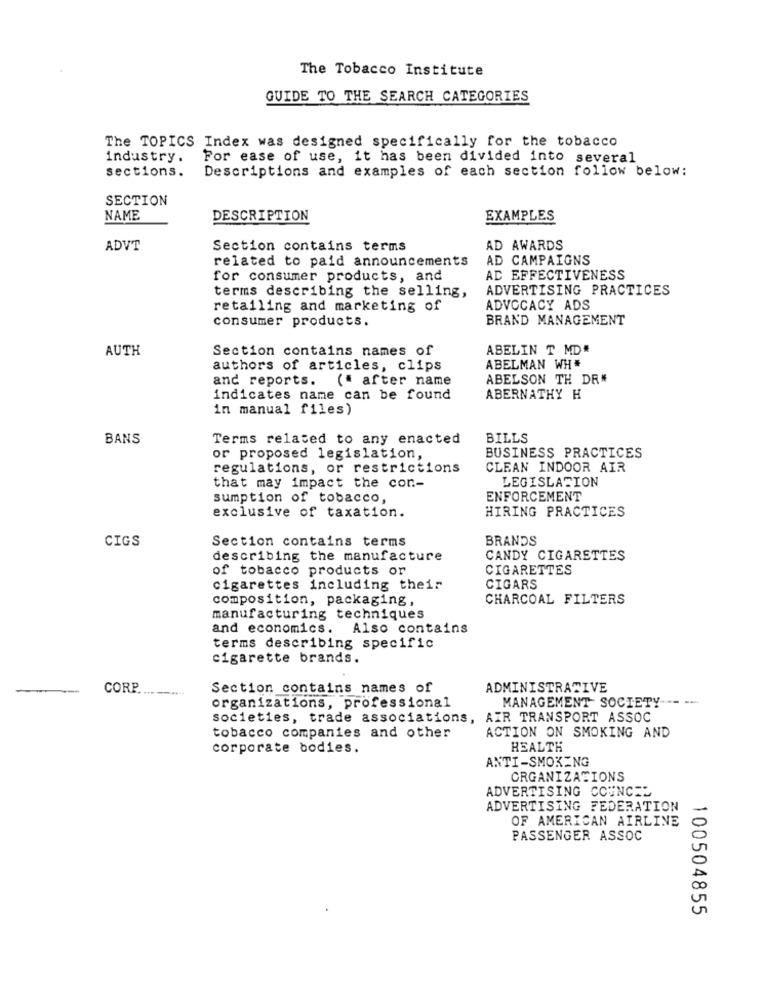
The Tobacco Institute
GUIDE TO THE SEARCH CATEGORIES
The TOPICS Index was designed specifically for the tobacco
industry.
For ease of use, it has been divided into several
sections.
Descriptions and examples of each section follow below:
SECTION
NAME
DESCRIPTION
EXAMPLES
ADVT
Section contains terms
AD AWARDS
related to paid announcements
AD CAMPAIGNS
for consumer products, and
AD EFFECTIVENESS
terms describing the selling,
ADVERTISING PRACTICES
retailing and marketing of
ADVOCACY ADS
consumer products.
BRAND MANAGEMENT
AUTH
Section contains names of
ABELIN T MD#
authors of articles, clips
ABELMAN WH#
and reports.
(" after name
ABELSON TH DR*
indicates name can be found
ABERNATHY H
in manual files)
BANS
Terms related to any enacted
BILLS
or proposed legislation,
BUSINESS PRACTICES
regulations, or restrictions
CLEAN INDOOR AIR
LEGISLACION
that may impact the con-
sumption of tobacco,
ENFORCEMENT
exclusive of taxation.
HIRING PRACTICES
CIGS
Section contains terms
BRANDS
describing the manufacture
CANDY CIGARETTES
of tobacco products or
CIGARETTES
cigarettes including their
CIGARS
composition, packaging,
CHARCOAL FILTERS
manufacturing techniques
and economics. Also contains
terms describing specific
cigarette brands.
-
CORP.
Section contains names of
ADMINISTRATIVE
MANAGEMENT SOCIETY -----
organizations, professional
societies, trade associations, AIR TRANSPORT ASSOC
tobacco companies and other
ACTION ON SMOKING AND
corporate bodies.
HEALTH
ANTI-SMOKING
ORGANIZATIONS
ADVERTISING COUNCIL
ADVERTISING FEDERATION
OF AMERICAN AIRLINE
PASSENGER ASSOC
100504855